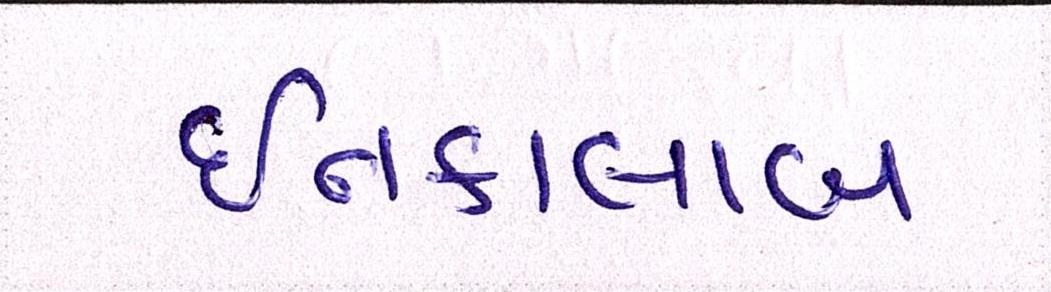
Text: ઇન્કાલાબ